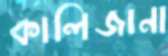
কালিজানা